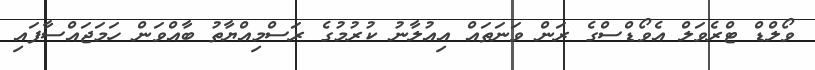
ވޯލްޑް ޓްރެވަލް އެވޯޑްސްގެ ރަން ވަނަތައް އިއުލާނު ކުރުމުގެ ރަސްމިއްޔާތު ބާއްވަން ހަމަޖައްސާފައި